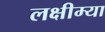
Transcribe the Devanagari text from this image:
लक्षीम्या